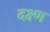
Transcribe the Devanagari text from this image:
दक्ष्ण